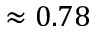
\approx 0 . 7 8